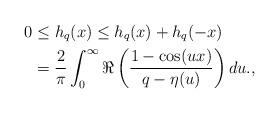
LaTeX: \begin{align*}0 &\leq h_q(x)\leq h_q(x)+h_q(-x)\\&=\frac{2}{\pi}\int^\infty_0 \Re\left(\frac{1-\cos(ux)}{q-\eta(u)}\right)du.,\end{align*}